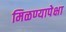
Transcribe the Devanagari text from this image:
मिळण्यापेक्षा